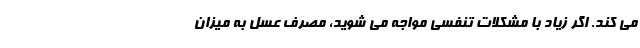
می کند. اگر زیاد با مشکلات تنفسی مواجه می شوید، مصرف عسل به میزان